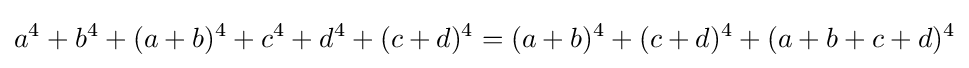
a^{4}+b^{4}+(a+b)^{4}+c^{4}+d^{4}+(c+d)^{4}=(a+b)^{4}+(c+d)^{4}+(a+b+c+d)^{4}